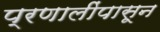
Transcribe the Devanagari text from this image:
प्रणालींपासून